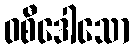
ဝစီဒေါသော